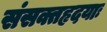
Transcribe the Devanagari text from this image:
संसक्तहृदयाः